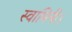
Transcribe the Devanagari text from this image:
स्वामिनी।